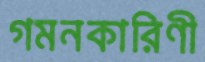
গমনকারিণী